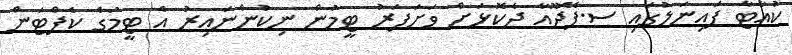
ކުއާޓާ ފައިނަލުގައި ސ.ފޭދޫއާ ދެކޮޅަށް ވަށަފަރު ޓީމުން ނިކުންނައިރު އެ ޓީމުގެ ކެޕްޓަން